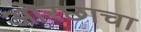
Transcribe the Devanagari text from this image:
ओरछाचा